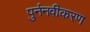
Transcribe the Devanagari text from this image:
पुर्ननवीकरण